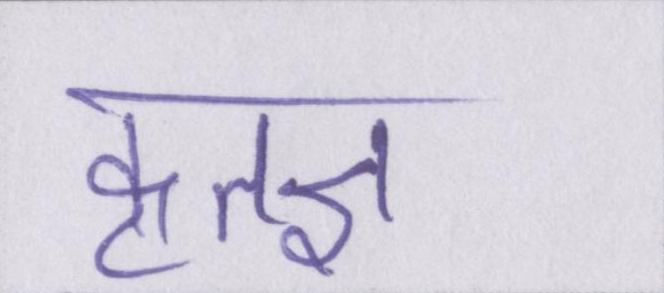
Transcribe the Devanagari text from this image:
कृतज्ञ